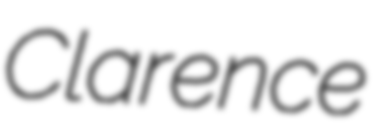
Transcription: Clarence